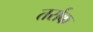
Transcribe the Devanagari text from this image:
तर्राक